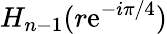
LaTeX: H_{n-1}(r\mathrm{e}^{-i\pi/4})